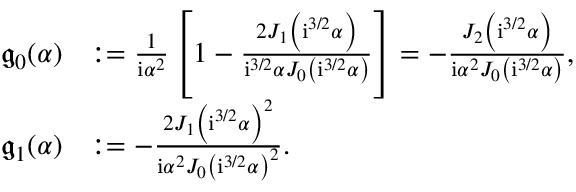
\begin{array} { r l } { \mathfrak { g } _ { 0 } ( { \alpha } ) } & { : = \frac { 1 } { \mathrm { i } \alpha ^ { 2 } } \left[ 1 - \frac { 2 J _ { 1 } \left( \mathrm { i } ^ { 3 / 2 } { \alpha } \right) } { \mathrm { i } ^ { 3 / 2 } { \alpha } J _ { 0 } \left( \mathrm { i } ^ { 3 / 2 } \alpha \right) } \right] = - \frac { J _ { 2 } \left( \mathrm { i } ^ { 3 / 2 } \alpha \right) } { \mathrm { i } \alpha ^ { 2 } J _ { 0 } \left( \mathrm { i } ^ { 3 / 2 } \alpha \right) } , } \\ { \mathfrak { g } _ { 1 } ( { \alpha } ) } & { : = - \frac { 2 J _ { 1 } \left( \mathrm { i } ^ { 3 / 2 } \alpha \right) ^ { 2 } } { \mathrm { i } \alpha ^ { 2 } J _ { 0 } \left( \mathrm { i } ^ { 3 / 2 } \alpha \right) ^ { 2 } } . } \end{array}